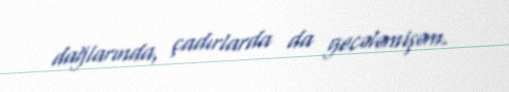
dağlarında, çadırlarda da gecələmişəm.